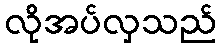
လိုအပ်လှသည်